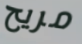
مريح